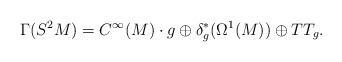
LaTeX: \begin{align*}\Gamma(S^2 M)=C^{\infty}(M)\cdot g\oplus \delta_g^{*}(\Omega^1(M))\oplus TT_g. \end{align*}